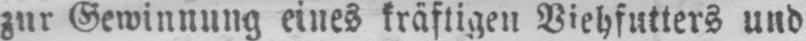
zur Gewinnung eines kräftigen Viehfutters und